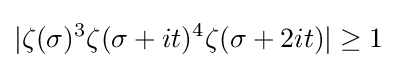
|\zeta (\sigma )^{3}\zeta (\sigma +it)^{4}\zeta (\sigma +2it)|\geq 1